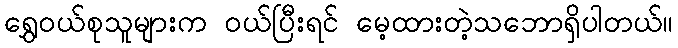
ရွှေဝယ်စုသူများက ဝယ်ပြီးရင် မေ့ထားတဲ့သဘောရှိပါတယ်။